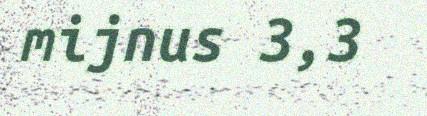
mijnus 3,3